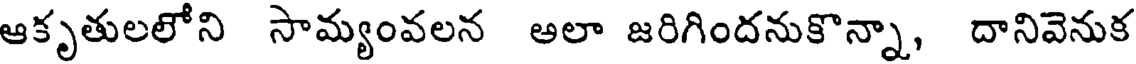
ఆకృతులలోని సామ్యంవలన అలా జరిగిందనుకొన్నా, దానివెనుక